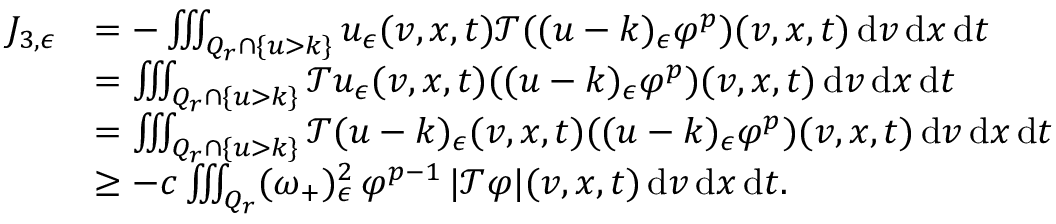
\begin{array} { r l } { J _ { 3 , \epsilon } } & { = - \iiint _ { Q _ { r } \cap \{ u > k \} } u _ { \epsilon } ( v , x , t ) \mathcal { T } ( ( u - k ) _ { \epsilon } \varphi ^ { p } ) ( v , x , t ) \, \mathrm { d } v \, \mathrm { d } x \, \mathrm { d } t } \\ & { = \iiint _ { Q _ { r } \cap \{ u > k \} } \mathcal { T } u _ { \epsilon } ( v , x , t ) ( ( u - k ) _ { \epsilon } \varphi ^ { p } ) ( v , x , t ) \, \mathrm { d } v \, \mathrm { d } x \, \mathrm { d } t } \\ & { = \iiint _ { Q _ { r } \cap \{ u > k \} } \mathcal { T } ( u - k ) _ { \epsilon } ( v , x , t ) ( ( u - k ) _ { \epsilon } \varphi ^ { p } ) ( v , x , t ) \, \mathrm { d } v \, \mathrm { d } x \, \mathrm { d } t } \\ & { \geq - c \iiint _ { Q _ { r } } ( \omega _ { + } ) _ { \epsilon } ^ { 2 } \, \varphi ^ { p - 1 } \, \lvert \mathcal { T } \varphi \rvert ( v , x , t ) \, \mathrm { d } v \, \mathrm { d } x \, \mathrm { d } t . } \end{array}